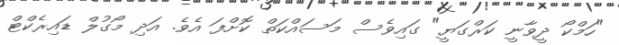
"ހަމްކޯ ދީވާނީ ކަރްގަޔީ" ގައިވެސް މަސައްކަތް ކޮށްފަ އެވެ. އަދި މޯގުލް ޑައިރެކްޓް